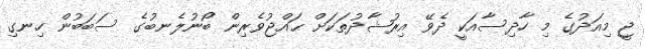
ޖީ މިއަދުގެ މި ހާދިސާއަކީ ދެވޭ އިރުޝާދުތަކަށް ޙައްޖުވެރިން ބޯނުލެނބުގެ ސަބަބުން ހިނގި